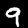
Label: 9